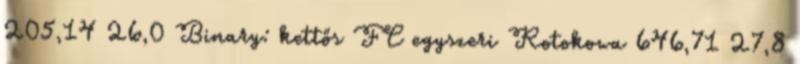
205,14 26,0 Binary: kettős FC egyszeri Rotokowa 646,71 27,8